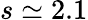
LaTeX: s\simeq 2.1